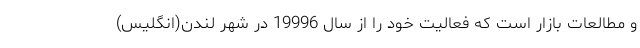
و مطالعات بازار است که فعالیت خود را از سال 19996 در شهر لندن(انگلیس)